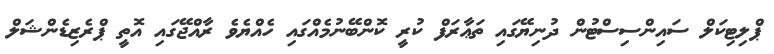
ޕްލިޓިކަލް ސައިންސިސްޓުން ދުނިޔޭގައި ތަޢާރަފް ކުރީ ކޮންބޭނުމެއްގައި ހެއްޔެވެ ރާއްޖޭގައި އޮތީ ޕްރެޒިޑެންޝަލް